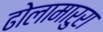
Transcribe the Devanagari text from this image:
ढोलामारुरा